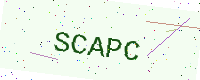
Text: SCAPC